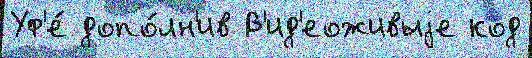
Уф'е́ допо́лн'ив В'ид'еоживыjе код